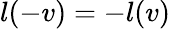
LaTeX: l(-v)=-l(v)